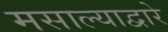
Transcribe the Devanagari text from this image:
मसाल्याद्वारे